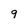
Character: 9